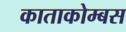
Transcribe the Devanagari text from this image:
काताकोम्बस